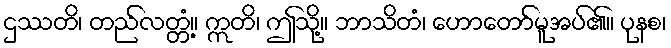
ဌဿတိ၊ တည်လတ္တံ့။ ဣတိ၊ ဤသို့။ ဘာသိတံ၊ ဟောတော်မူအပ်၏။ ပုနစ၊